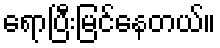
ရောပြီးမြင်နေတယ်။